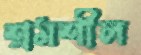
শ্রমশীল